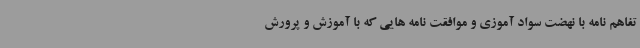
تفاهم نامه با نهضت سواد آموزی و موافقت نامه هایی که با آموزش و پرورش